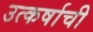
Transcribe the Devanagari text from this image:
उत्कर्षाची